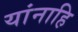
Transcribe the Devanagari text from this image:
यांनाहि